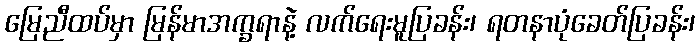
မြေညီထပ်မှာ မြန်မာအက္ခရာနဲ့ လက်ရေးမူပြခန်း၊ ရတနာပုံခေတ်ပြခန်း၊